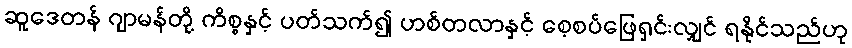
ဆူဒေတန် ဂျာမန်တို့ ကိစ္စနှင့် ပတ်သက်၍ ဟစ်တလာနှင့် စေ့စပ်ဖြေရှင်းလျှင် ရနိုင်သည်ဟု